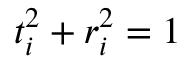
t _ { i } ^ { 2 } + r _ { i } ^ { 2 } = 1